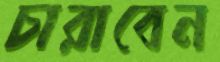
চারাবেন